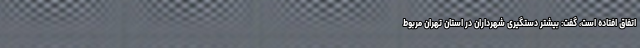
اتفاق افتاده است، گفت: بیشتر دستگیری شهرداران در استان تهران مربوط